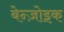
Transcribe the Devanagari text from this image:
बेन्ज़ोइक